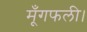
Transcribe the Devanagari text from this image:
मूँगफली।